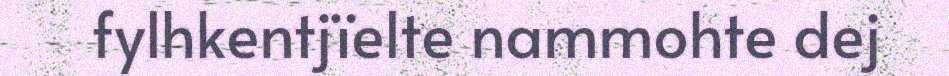
fylhkentjïelte nammohte dej